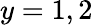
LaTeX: y=1,2